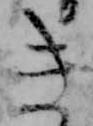
き